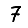
Digit: 7